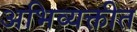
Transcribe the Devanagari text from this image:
अभिव्यक्तीत